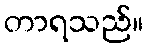
တာရသည်။